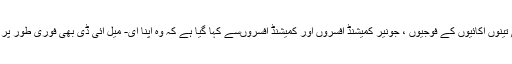
فوج کی تینوں اکائیوں کے فوجیوں ، جونیر کمیشنڈ افسروں اور کمیشنڈ افسروںسے کہا گیا ہے کہ وہ اپنا ای- میل آئی ڈی بھی فوری طور پر بدل لیں۔